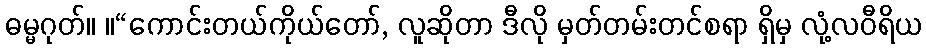
ဓမ္မဂုတ်။ ။“ကောင်းတယ်ကိုယ်တော်, လူဆိုတာ ဒီလို မှတ်တမ်းတင်စရာ ရှိမှ လုံ့လဝီရိယ